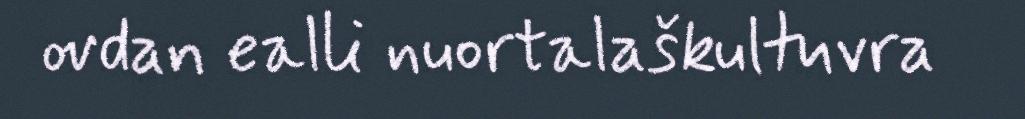
ovdan ealli nuortalaškultuvra